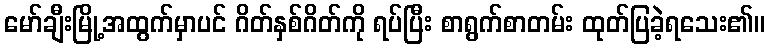
မော်ချီးမြို့အထွက်မှာပင် ဂိတ်နှစ်ဂိတ်ကို ရပ်ပြီး စာရွက်စာတမ်း ထုတ်ပြခဲ့ရသေး၏။